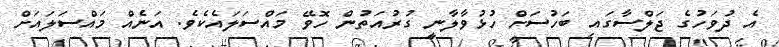
އެ ދުވަހުގެ ޖަލްސާގައި ބަހުސަށް ހުޅުވާލާނީ ގުރުއަތުން ހޮވޭ މައްސަލައެކެވެ. އަނެއް މައްސަލައަށް